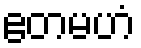
ဧတမဟံ